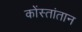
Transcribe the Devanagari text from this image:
कोंस्तांतान